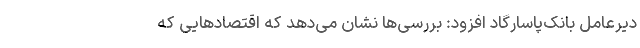
دیرعامل بانک‌پاسارگاد افزود: بررسی‌ها نشان می‌دهد که اقتصادهایی که